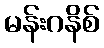
မန်းဂနိစ်